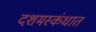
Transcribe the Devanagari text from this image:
दशमस्कंधात